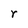
Character: r